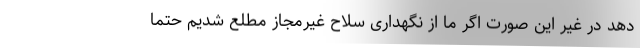
دهد در غیر این صورت اگر ما از نگهداری سلاح غیرمجاز مطلع شدیم حتما